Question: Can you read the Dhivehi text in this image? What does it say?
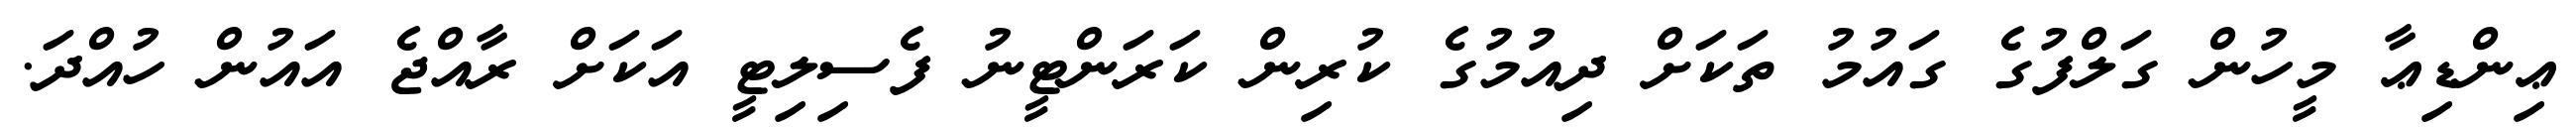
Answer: ޢިންޑިޢާ މީހުން ގަލްފުގެ ގައުމު ތަކަށް ދިއުމުގެ ކުރިން ކަރަންޓީނު ފެސިލިޓީ އަކަށް ރާއްޖެ އައުން ހުއްދަ.